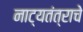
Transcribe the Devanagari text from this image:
नाट्यतंत्राचे